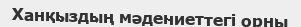
Ханқыздың мәдениеттегі орны